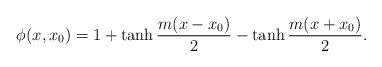
LaTeX: \begin{align*}\phi(x,x_0) = 1 + \tanh \frac{m(x-x_0)}{2} - \tanh \frac{m(x+x_0)}{2}.\end{align*}